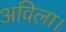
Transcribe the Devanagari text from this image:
अविला।